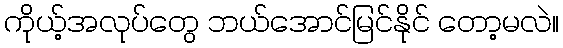
ကိုယ့်အလုပ်တွေ ဘယ်အောင်မြင်နိုင် တော့မလဲ။